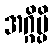
အဂ္ဂိမ္ပိ